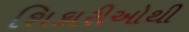
શિકારીઓથી